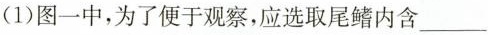
(1)图一中，为了便于观察，应选取尾鳍内含___